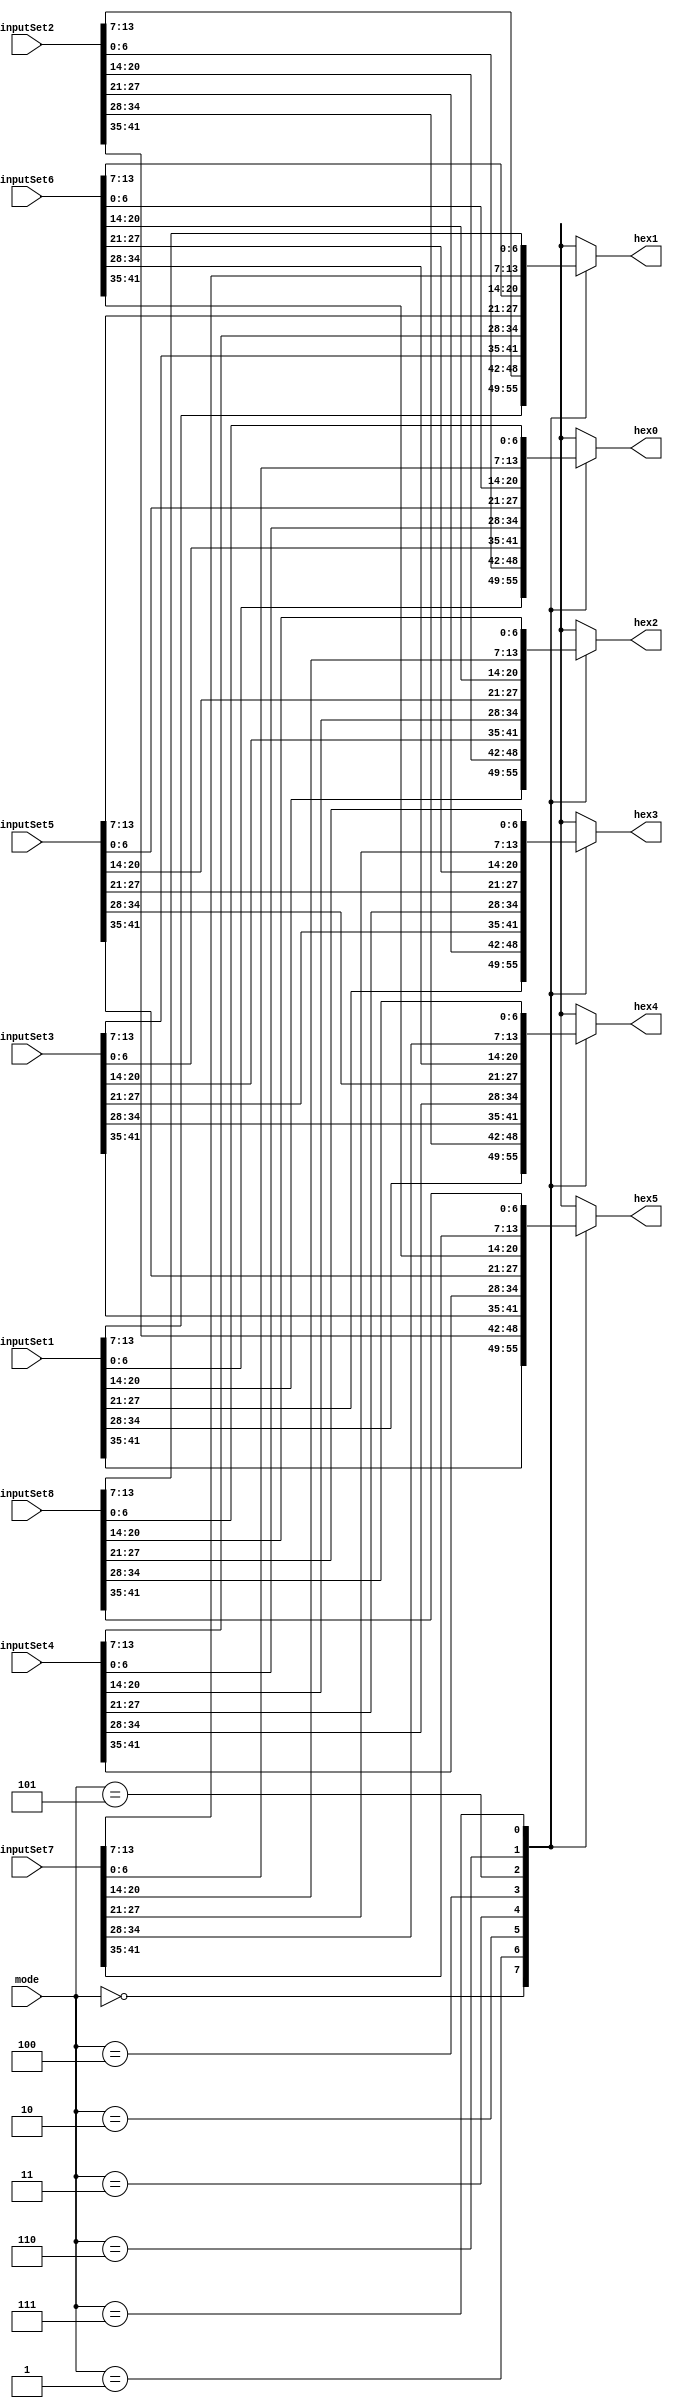
//Course: ECE 5440
//Purpose: The purpose of this modules is to control who has access to the 6 7 segment displays

module Seg_7_Control(mode, hex5, hex4, hex3, hex2, hex1, hex0, inputSet1, inputSet2, inputSet3, inputSet4, inputSet5, inputSet6, inputSet7, inputSet8);
	input [2:0] mode; //input set selector
	input [41:0] inputSet1, inputSet2, inputSet3, inputSet4, inputSet5, inputSet6, inputSet7, inputSet8; //the set of bunddeled 7 seg inputs
	
	output [6:0] hex5, hex4, hex3, hex2, hex1, hex0; //7 segment driver pins
	reg [6:0]  hex5, hex4, hex3, hex2, hex1, hex0;
	
	always@(mode, inputSet1, inputSet2, inputSet3, inputSet4, inputSet5, inputSet6, inputSet7, inputSet8)
	begin
		case(mode)
			0:
			begin
				hex5 = inputSet1[41:35];
				hex4 = inputSet1[34:28];
				hex3 = inputSet1[27:21];
				hex2 = inputSet1[20:14];
				hex1 =inputSet1[13:7];
				hex0 =inputSet1[6:0];
			end
			1:
			begin
				hex5 = inputSet2[41:35];
				hex4 = inputSet2[34:28];
				hex3 = inputSet2[27:21];
				hex2 = inputSet2[20:14];
				hex1 = inputSet2[13:7];
				hex0 = inputSet2[6:0];
			end
			2:
			begin
				hex5 = inputSet3[41:35];
				hex4 = inputSet3[34:28];
				hex3 = inputSet3[27:21];
				hex2 = inputSet3[20:14];
				hex1 =inputSet3[13:7];
				hex0 = inputSet3[6:0];
			end
			3:
			begin
				hex5 = inputSet4[41:35];
				hex4 = inputSet4[34:28];
				hex3 = inputSet4[27:21];
				hex2 = inputSet4[20:14];
				hex1 = inputSet4[13:7];
				hex0 = inputSet4[6:0];
			end
			4:
			begin
				hex5 = inputSet5[41:35];
				hex4 = inputSet5[34:28];
				hex3 = inputSet5[27:21];
				hex2 = inputSet5[20:14];
				hex1 = inputSet5[13:7];
				hex0 = inputSet5[6:0];
			end
			5:
			begin
				hex5 = inputSet6[41:35];
				hex4 = inputSet6[34:28];
				hex3 = inputSet6[27:21];
				hex2 = inputSet6[20:14];
				hex1 = inputSet6[13:7];
				hex0 = inputSet6[6:0];
			end
			6:
			begin
				hex5 = inputSet7[41:35];
				hex4 = inputSet7[34:28];
				hex3 = inputSet7[27:21];
				hex2 = inputSet7[20:14];
				hex1 = inputSet7[13:7];
				hex0 = inputSet7[6:0];
			end
			7:
			begin
				hex5 = inputSet8[41:35];
				hex4 = inputSet8[34:28];
				hex3 = inputSet8[27:21];
				hex2 = inputSet8[20:14];
				hex1 = inputSet8[13:7];
				hex0 = inputSet8[6:0];
			end
			default:
			begin
				hex5 = 7'b1111111;
				hex4 = 7'b1111111;
				hex3 = 7'b1111111;
				hex2 = 7'b1111111;
				hex1 = 7'b1111111;
				hex0 = 7'b1111111;
			end
		endcase
	end

endmodule